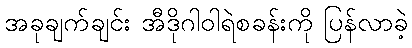
အခုချက်ချင်း အီဒိုဂါဝါရဲစခန်းကို ပြန်လာခဲ့